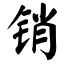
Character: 销